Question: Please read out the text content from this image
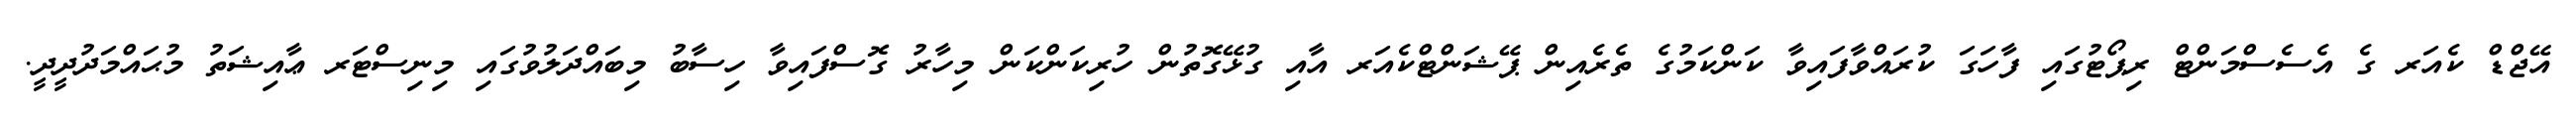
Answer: އޭޖްޑް ކެއަރ ގެ އެސެސްމަންޓް ރިޕޯޓުގައި ފާހަގަ ކުރައްވާފައިވާ ކަންކަމުގެ ތެރެއިން ޕޭޝަންޓްކެއަރ އާއި ގުޅޭގޮތުން ހުރިކަންކަން މިހާރު ގޮސްފައިވާ ހިސާބު މިބައްދަލުވުގައި މިނިސްޓަރ ޢާއިޝަތު މުޙައްމަދުދީދީ.